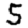
Digit: 5